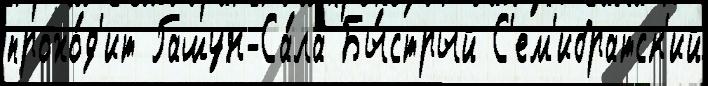
прохо́д'ит Гашун-Са́ла Бы́стрый С'ем'ибратск'ий